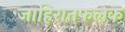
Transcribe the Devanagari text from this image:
जाहिरातफलक